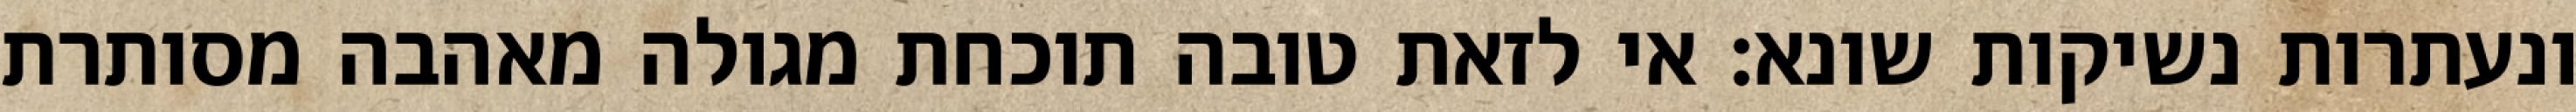
ונעתרות נשיקות שונא: אי לזאת טובה תוכחת מגולה מאהבה מסותרת